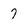
Character: 7